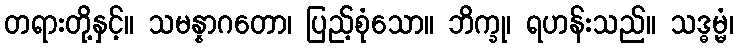
တရားတို့နှင့်။ သမန္နာဂတော၊ ပြည့်စုံသော။ ဘိက္ခု၊ ရဟန်းသည်။ သဒ္ဓမ္မံ၊